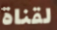
لقناة